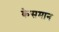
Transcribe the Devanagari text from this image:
केसमान